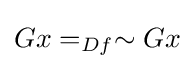
Gx=_{Df}\sim Gx